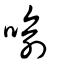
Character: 喻